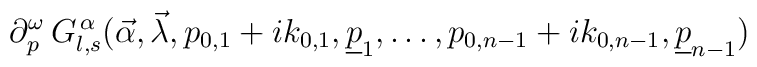
\partial_{p}^{\omega}\,G^{\,\alpha}_{l,s}(\vec\alpha,\vec\lambda,p_{0,1}+ik_{0,1},\underline{p}_{1},\ldots,p_{0,n-1}+ik_{0,n-1},\underline{p}_{n-1})